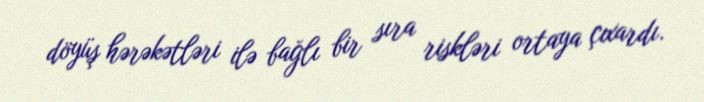
döyüş hərəkətləri ilə bağlı bir sıra riskləri ortaya çıxardı.